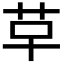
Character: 𮧓